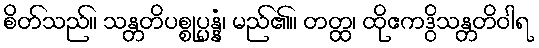
စိတ်သည်။ သန္တတိပစ္စုပ္ပန္နံ၊ မည်၏။ တတ္ထ၊ ထိုဧကဒွိသန္တတိဝါရ